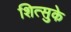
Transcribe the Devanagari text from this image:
शित्सुके